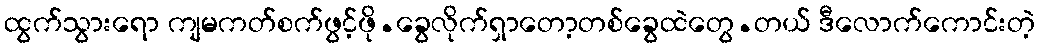
ထွက်သွားရော ကျမကတ်စက်ဖွင့်ဖို.ခွေလိုက်ရှာတော့တစ်ခွေထဲတွေ.တယ် ဒီလောက်ကောင်းတဲ့